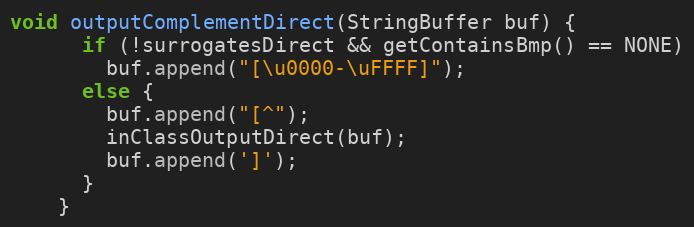
Language: Java
void outputComplementDirect(StringBuffer buf) {
      if (!surrogatesDirect && getContainsBmp() == NONE)
        buf.append("[\u0000-\uFFFF]");
      else {
        buf.append("[^");
        inClassOutputDirect(buf);
        buf.append(']');
      }
    }